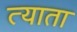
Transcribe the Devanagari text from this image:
त्याता